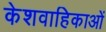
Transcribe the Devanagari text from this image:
केशवाहिकाओं